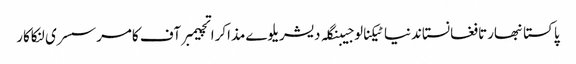
پاکستانبھارتافغانستاندنیاٹیکنالوجیبنگلہ دیشریلوےمذاکراتچیمبر آف کامرسسری لنکاکار